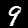
Digit: 9